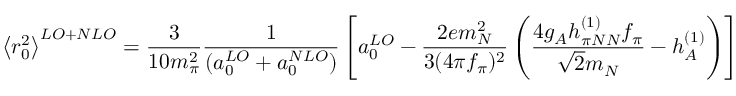
\left\langle r _ { 0 } ^ { 2 } \right\rangle ^ { L O + N L O } = \frac { 3 } { 1 0 m _ { \pi } ^ { 2 } } \frac { 1 } { ( a _ { 0 } ^ { L O } + { a } _ { 0 } ^ { N L O } ) } \left[ a _ { 0 } ^ { L O } - \frac { 2 e m _ { N } ^ { 2 } } { 3 ( 4 \pi f _ { \pi } ) ^ { 2 } } \left( \frac { 4 g _ { A } h _ { \pi N N } ^ { ( 1 ) } f _ { \pi } } { \sqrt { 2 } m _ { N } } - h _ { A } ^ { ( 1 ) } \right) \right] ,